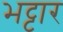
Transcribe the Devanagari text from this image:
भट्टार